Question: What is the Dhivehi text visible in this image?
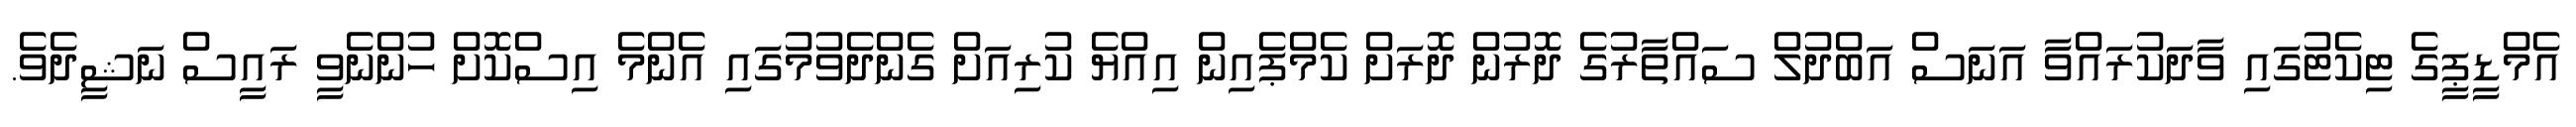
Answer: އެމްޑީޕީގެ ޓިކެޓުގައި ވާދަކުރައްވާ އަނަސް އަބްދުލް ސައްތާރުގެ ދޮރުން ދޮރަށް ކެމްޕެއިން އިއްޔެ ކުރިއަށް ގެންދެވުމުގައި އެންމެ އިސްކޮށް ހުންނެވީ ރައީސް ނަޝީދެވެ.